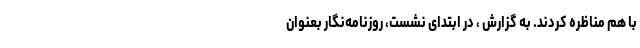
با هم مناظره کردند. به گزارش ، در ابتدای نشست، روزنامه‌نگار بعنوان